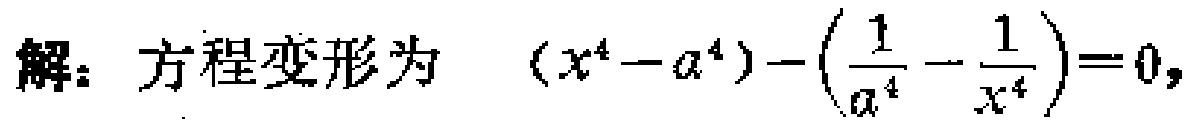
解：方程变形为 \((x^{4}-a^{4})-(\frac{1}{a^{4}}-\frac{1}{x^{4}})=0\)，